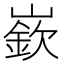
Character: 嶔